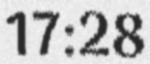
17:28